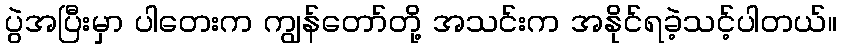
ပွဲအပြီးမှာ ပါတေးက ကျွန်တော်တို့ အသင်းက အနိုင်ရခဲ့သင့်ပါတယ်။